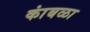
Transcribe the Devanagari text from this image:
कांबळा